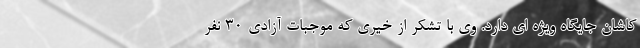
کاشان جایگاه ویژه ای دارد. وی با تشکر از خیری که موجبات آزادی 30 نفر